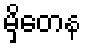
မှိတေန